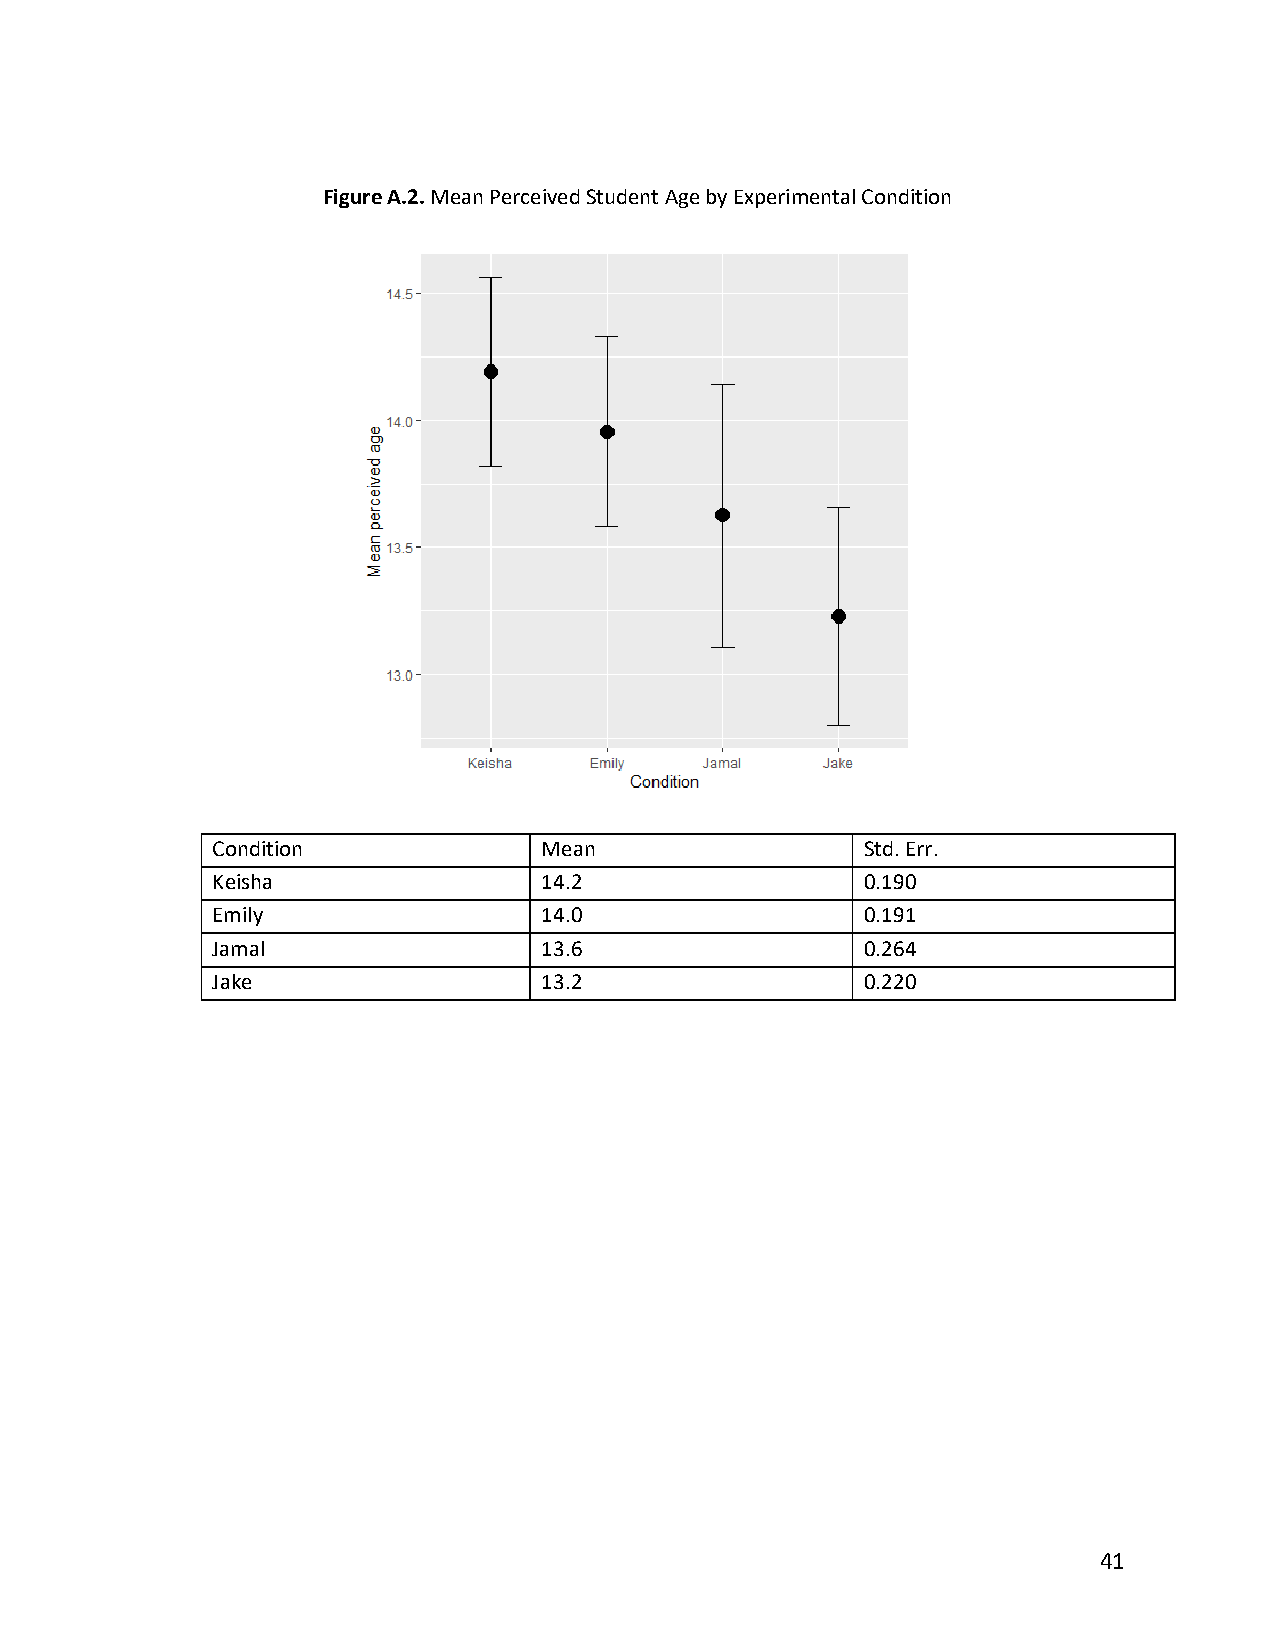
Figure A.2. Mean Perceived Student Age by Experimental Condition
 Condition             Mean                 Std. Err.
 Keisha                14.2                 0.190
 Emily                 14.0                 0.191
 Jamal                 13.6                 0.264
 Jake                  13.2                 0.220
 41